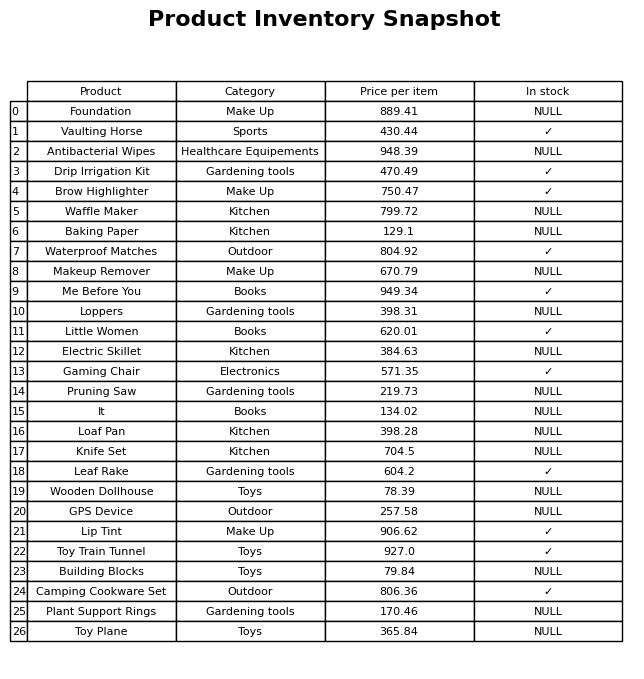
question: Which products are available in stock?
answer: Vaulting Horse, Drip Irrigation Kit, Brow Highlighter, Waterproof Matches, Me Before You, Little Women, Gaming Chair, Leaf Rake, Lip Tint, Toy Train Tunnel, Camping Cookware Set